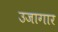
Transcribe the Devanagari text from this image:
उजागार